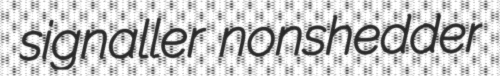
signaller nonshedder